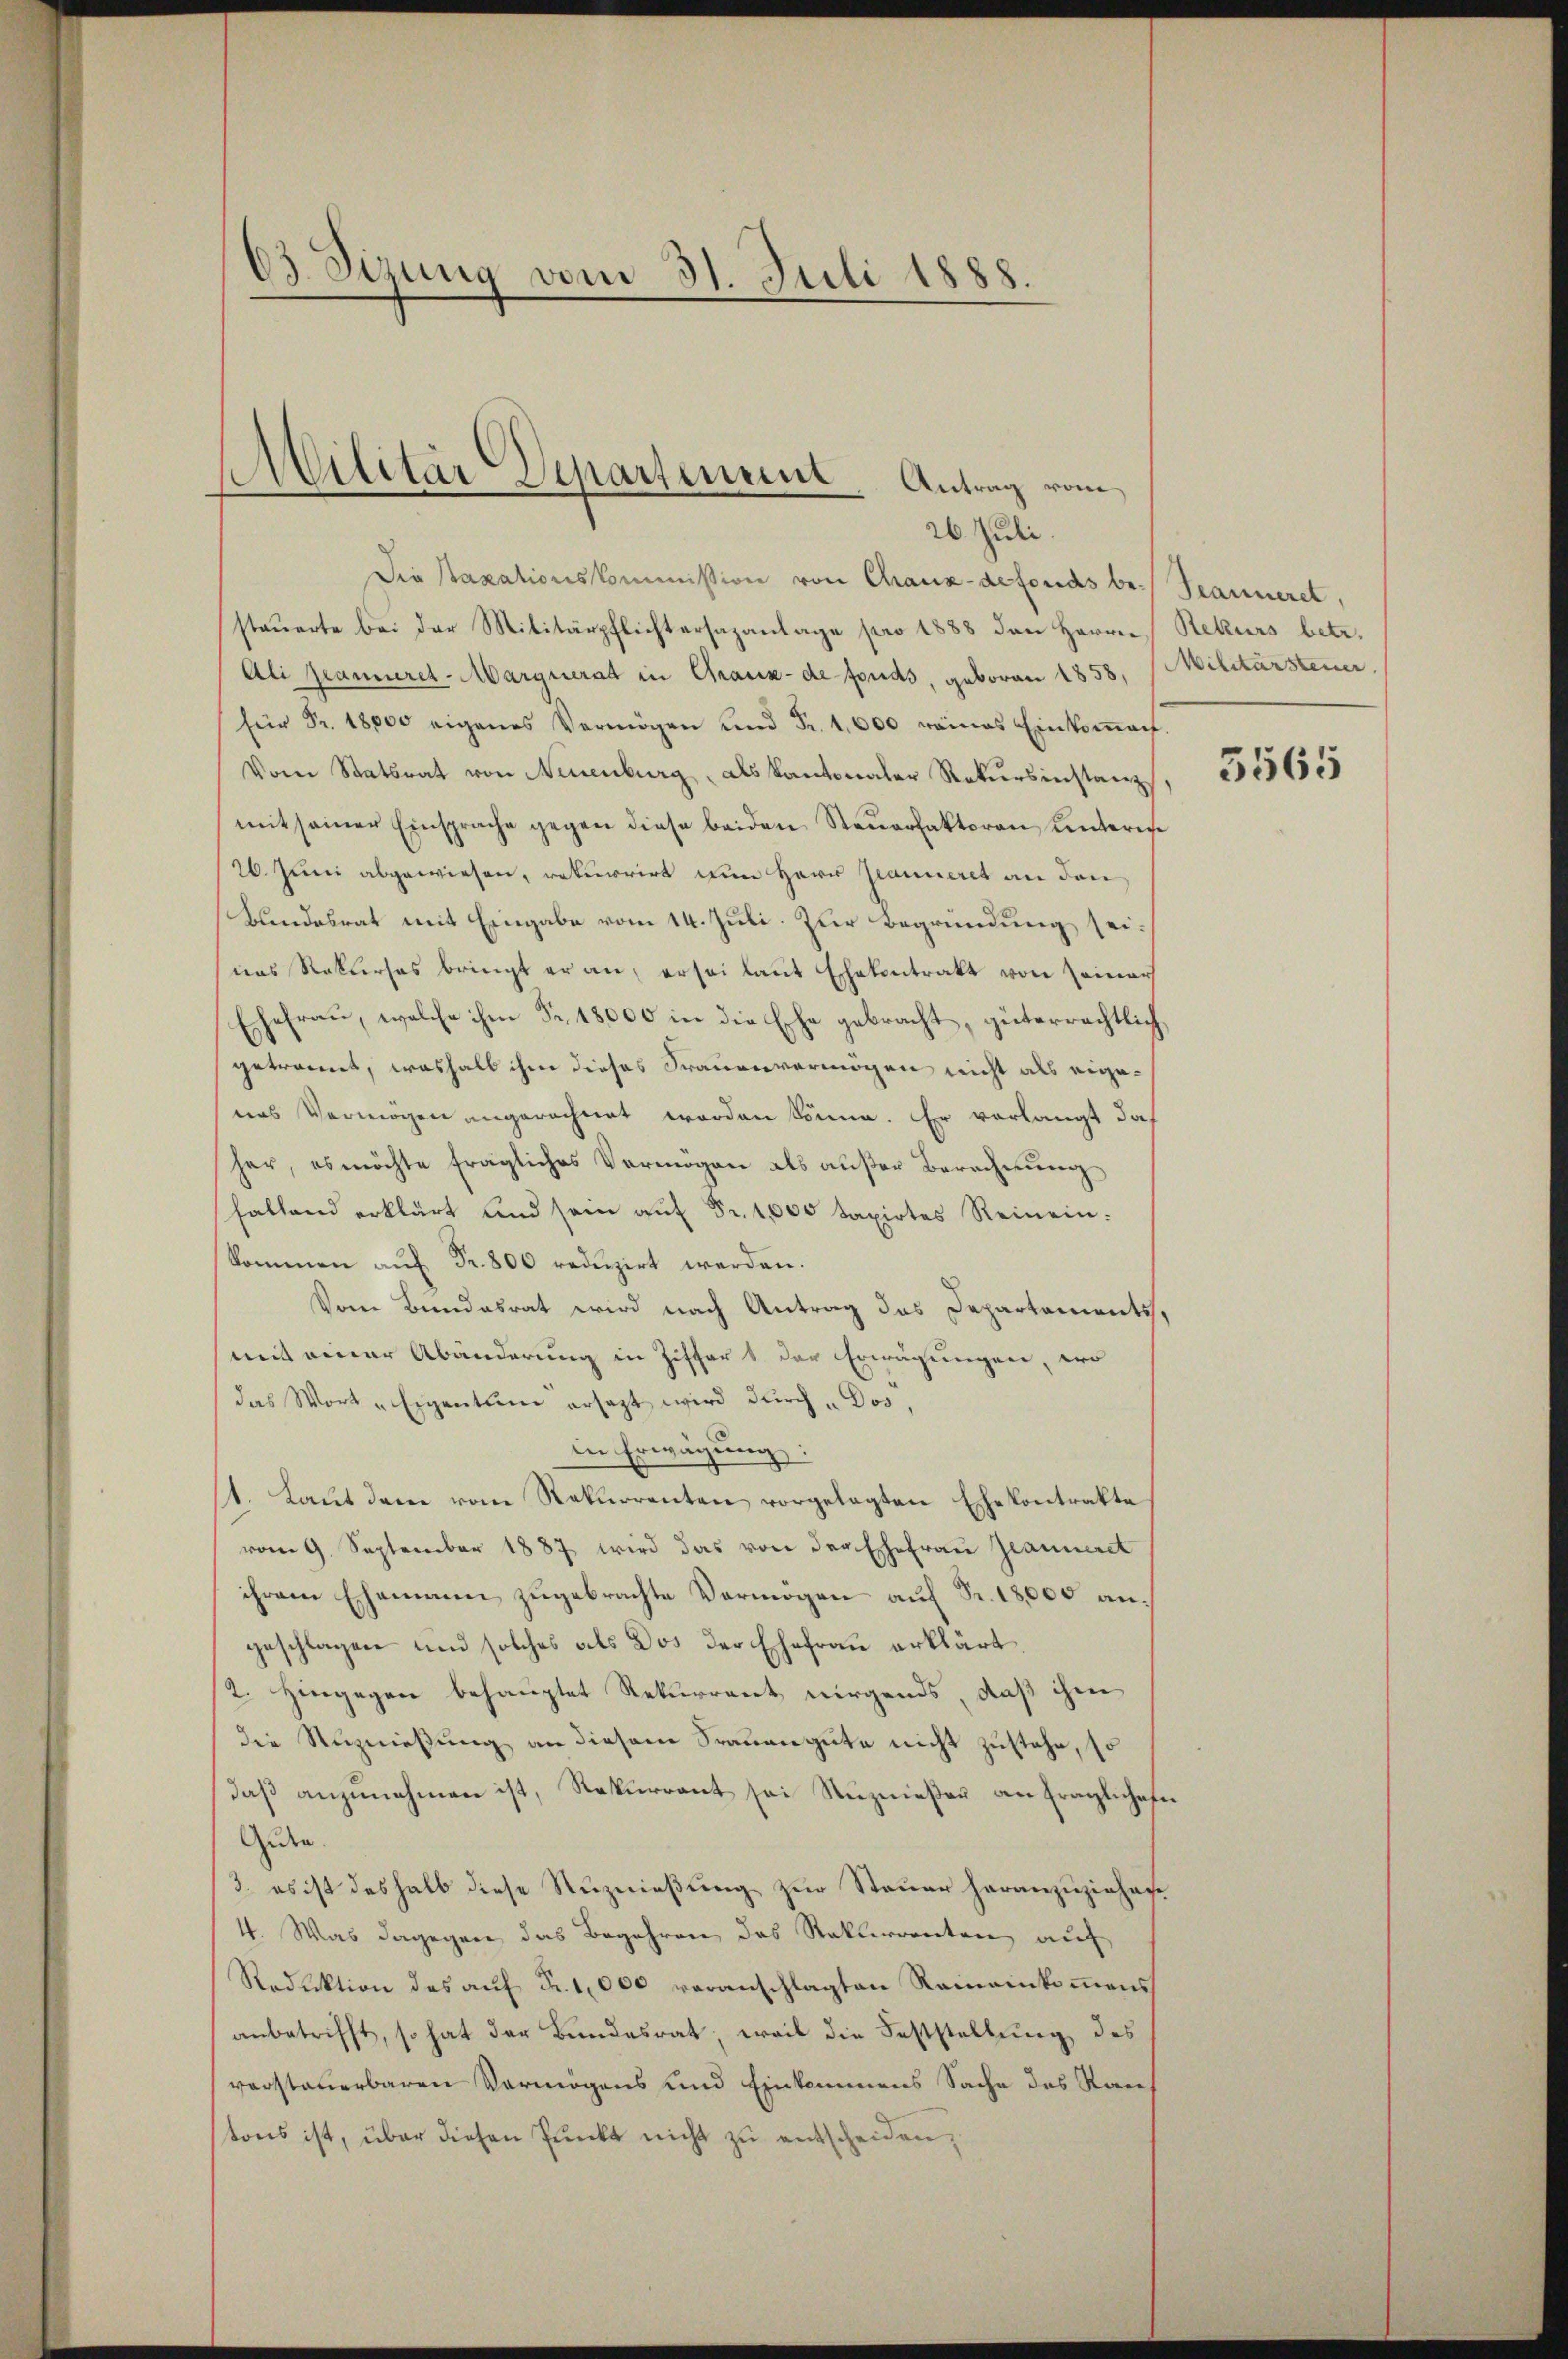
63 Sizung vom 31. Juli 1888.

Militär Departement. Antrag vom
26. Juli.

Die Staxationskommission von Chaux-defonds be- Scarneret,
stauerte bei der Militärpflichtersazanlage pro 1888 den Herrn Rekurs betr.
Ali Jeanneret-Margnerat in Chaux-de fonds, geboren 1858, (Militärsteuer,
für Fr. 18000 eigenes Vermögen und Fr. 1,600 reines Einkoṁen.
Vom Statsrat von Neuenburg, als Kantonaler Rekursinstanz,
mit seiner Einsprache gegen diese beiden Steuerfaktoren Kinterie
26. Juni abgewiesen, rekurrirt zum Herr Panneret an den
Bundesrat mit Eingabe vom 14. Juli. Zur Begründung seinas Rekurses bringt er an, er sei laut Ehekontrakt von einer
Ehefrau, welche ihm Fr. 18000 in die Ehe gebracht, güterrechtlich,
getrennt, weshalb ihm dieses Frauenvermögen nicht als eigenes Vermögen angerechnet worden könne. Er verlangt das
her, es möchte fragliches Vermögen als außer Berechnung
fallend erklärt und sein aŭf Fr. 1000 taxirtes Reinein.
kommen aŭf Fr. 800 redŭzirt werden.
Vom Bundesrat wird nach Antrag das Departements,
mit einer Abänderung in Ziffer 1. der Erwägungen, wo
das Wort „Eigentum ersagt wird durch „Dos,
in Erwägung:
11. Laut dem vom Rekurrenten vorgelegten Ehekontrakte
vom 9. September 1887 wird das von der Ehefrau Jeanneret
ihrem Ehemann zugebrachte Vermögen auf Fr. 18,000 angeschlagen und solches als Dos der Ehefrau erklärt.
2. Hingegen behauptet Rekurrent nirgends, daß ihm
die Nuznießung an diesem Trauengute nicht zustehe, so
daß anzunehmen ist, Rekurrent sei Nuznießen an fraglichen
Geden.
3. es ist deshalb diese Ruznießung zur Steuer heranzuziehen
4. Was dagegen das Begehren das Rekurrenten auf
Reduktion des auf Fr. 1000 voranschlagten Reineinkommens
anbetrifft, so hat der Bundesrat, weil die Feststellung des
verstauerbaren Vermögens und Einkommens Sache des Raustons ist, über diesen Pŭnkt nicht zŭ entscheiden,

5565